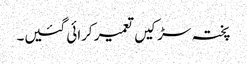
پختہ سڑکیں تعمیر کرائی گئیں۔